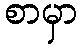
စာမှာ